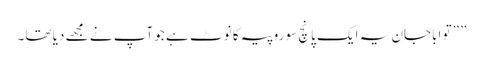
” ”تو اباجان یہ ایک پانچ سو روپیہ کا نوٹ ہے جو آپ نے مجھے دیا تھا۔